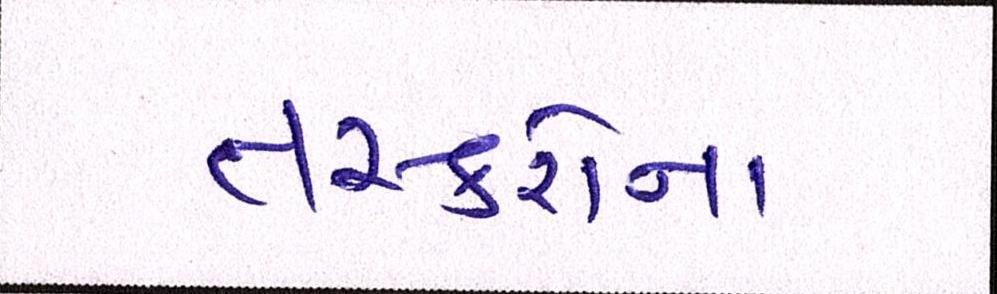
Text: તસ્કરોના